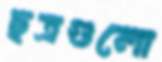
ছত্রগুলো